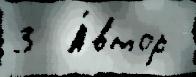
3  А́втор